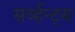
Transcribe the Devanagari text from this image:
सर्व्हन्ट्स